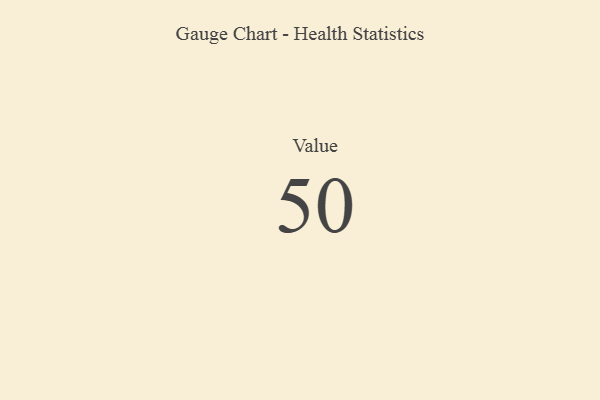
{"axis": {"x": "Metric", "y": "Value"}, "legend": [""], "data": [{"x": "Value", "y": 50, "type": ""}]}